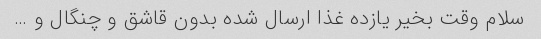
سلام وقت بخیر یازده غذا ارسال شده بدون قاشق و چنگال و …